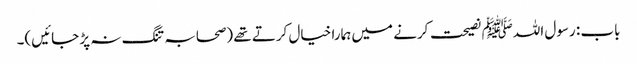
باب : رسول اللہﷺ نصیحت کرنے میں ہمارا خیال کرتے تھے (صحابہ تنگ نہ پڑ جائیں)۔